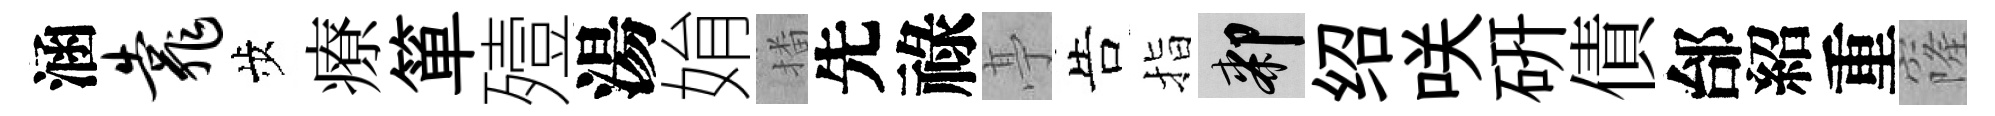
涵靠歩療箪殪湯姢播先祿𠅘告指膝绍咲研債邰紹重窿